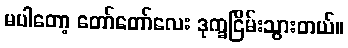
မပါတော့ တော်တော်လေး ဒုက္ခငြိမ်းသွားတယ်။